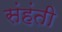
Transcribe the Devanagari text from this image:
संहंती